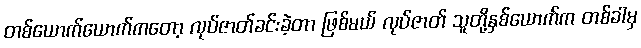
တစ်ယောက်ယောက်ကတော့ လုပ်ဇာတ်ခင်းခဲ့တာ ဖြစ်မယ် လုပ်ဇာတ် သူတို့နှစ်ယောက်က တစ်ခါမှ